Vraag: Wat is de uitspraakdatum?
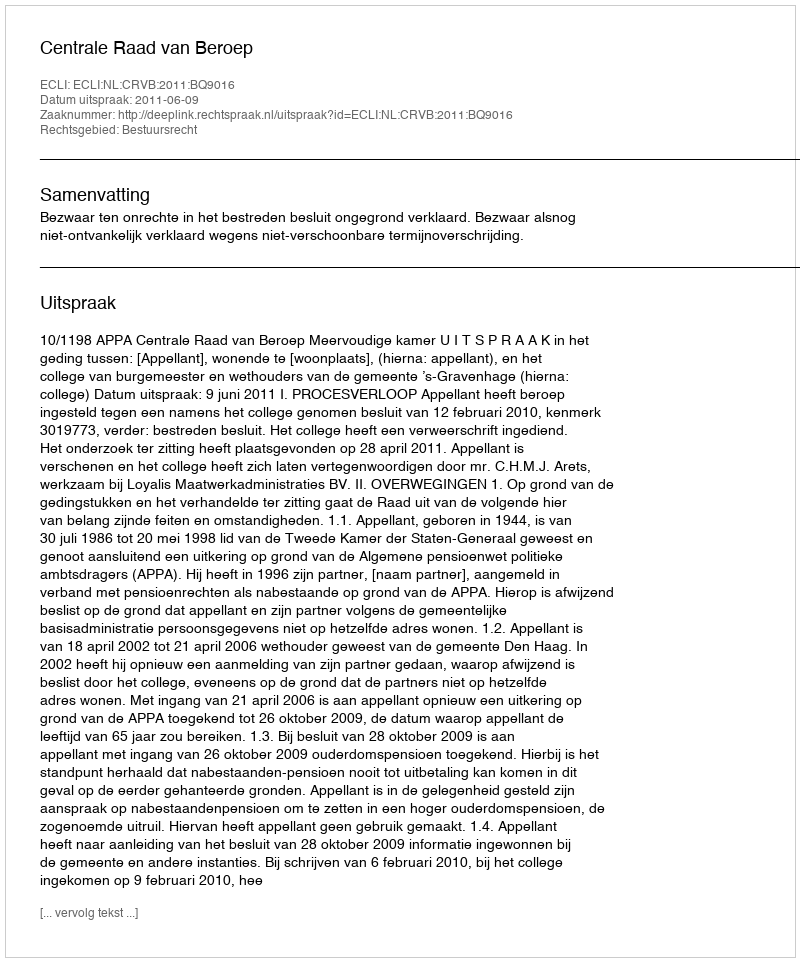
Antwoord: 2011-06-09